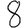
Digit: 8